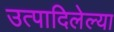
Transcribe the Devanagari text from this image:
उत्पादिलेल्या